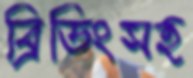
ব্রিডিংসহ